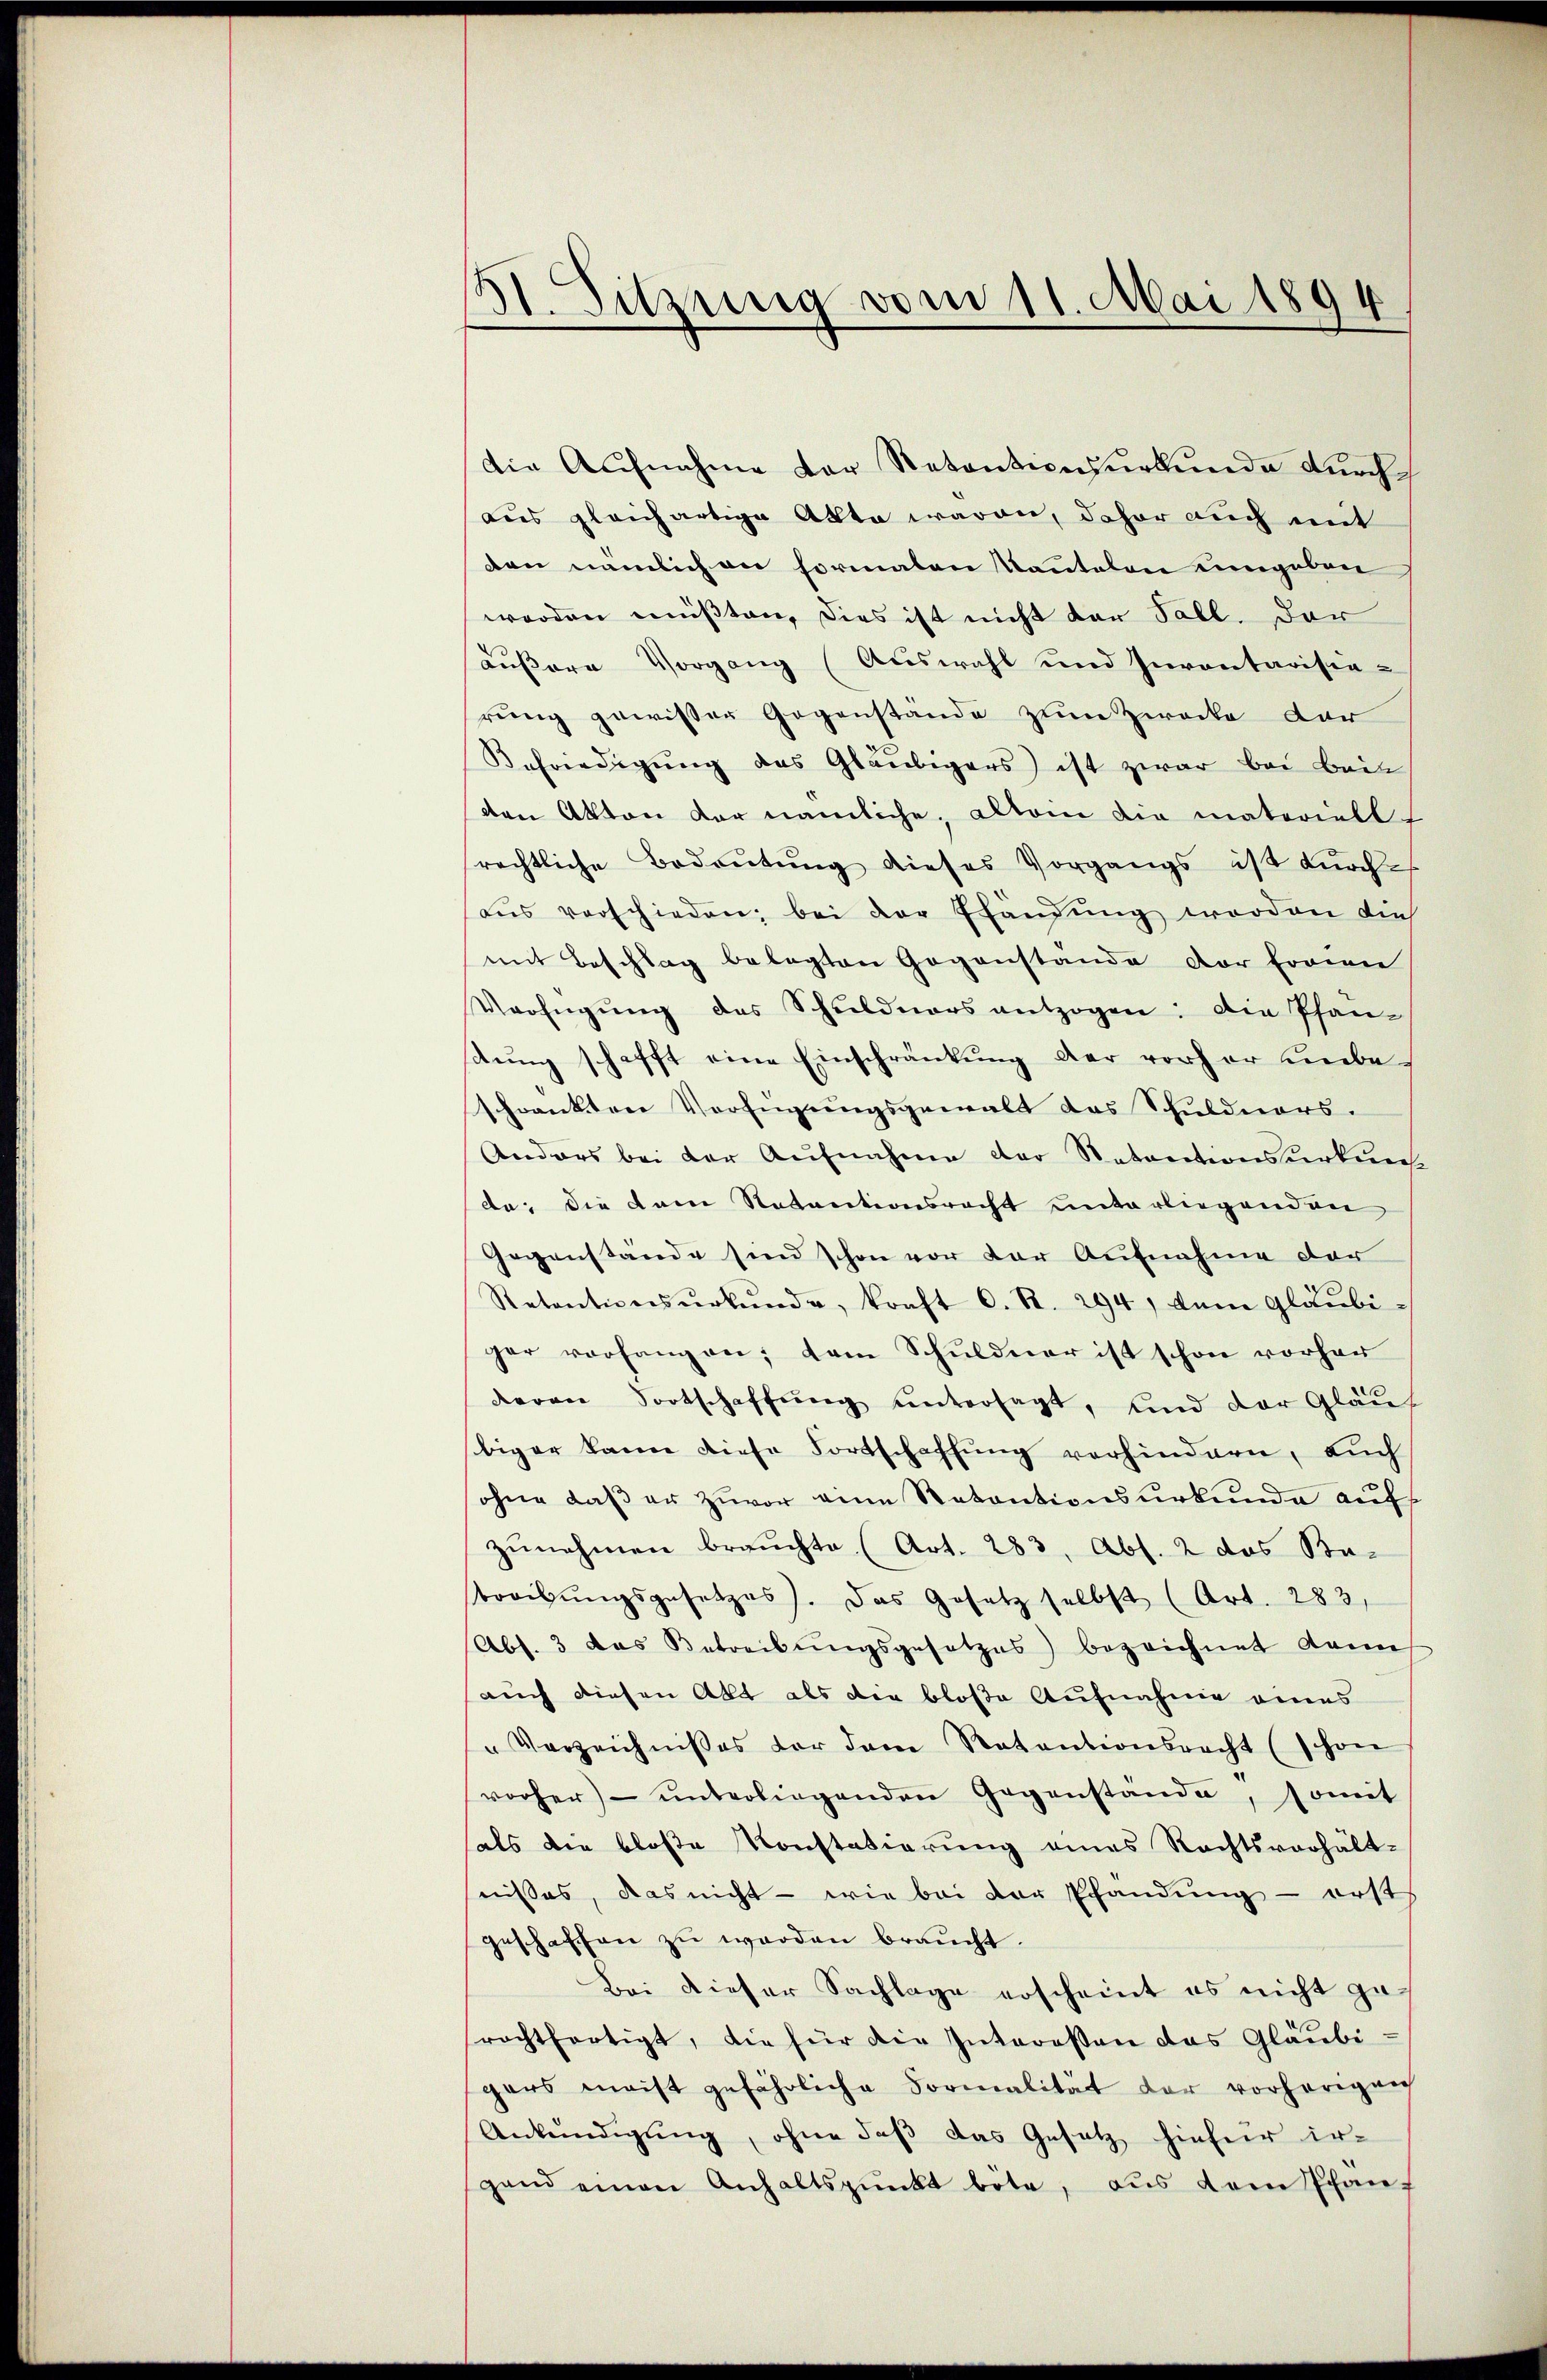
HI. Sitzung vom 11. Mai 1894

die Aufnahme der Retentionsurkunde durch
aus gleichartige Akte waren, daher auch mit
den nämlich an formalen Kantalon umgeben
worden müßten, dies ist nicht der Fall. Der
äußere Vorgang (Auswahl und Inventarisia-
rung gewisser Gegenstande zum Zwecke dar
Befriedigung des Gläubigers ist zwar bei Beit
den Akten der nämliche, allein die materiell
rechtliche Bedeutung dieses Vorgangs ist durch
aus verschieden, bei der Efändung worden die
mit Beschlag belegten Gegenstande der freien
Verfügŭng des Schuldners entzogen: Die Phan-
dŭng schafft eine Einschränkung der vorher Liebeschwankten Verfügungsgewalt das Schuldners.
Anders bei der Aufnahme der Retentionsurkunf
de: die kam Natantionsrecht unterliegenden
Gegenstände sind schon vor der Aufnahme der
Retentionsŭrkŭnde, kraft C. R. 294, dem Gläubi-
ger vorfangen; dem Schuldner ist schon vorher
deren Fortschaffung untersagt, und der Glaub
biger kann diese Fortschaffung verhindern, auch
sohne daß er zuvor eine Retentionsurkunde auf
zŭnehmen brauchte (Art. 283, Abs. 2 das Batreibungsgesetzes). Das Gesetz selbst (Art. 283,
Abs. 3 das Betreibŭngsgesetzes bezeichnet dann
auch diesen Akt als die bloße Aufnahme eines
Verzeichnisses vor dem Ratentionsrecht (schon
vorher ŭnterliegenden Gegenstände, somit
hals die bloße Konstatierung eines Rechtsverhält-
nisses, das nicht - wie bei der Pfandung - erst
geschaffen zu werden braucht.
Bei dieser Sachlage erscheint es nicht gerachtfertigt, die für die Interessen das Gläubi
gers macht gefährliche Formalität der vorherigen
Ankündigŭng, ohne daβ das Gesetz hieher ir-
gand einen Anhaltspunkt böte, aus dem Pfan-